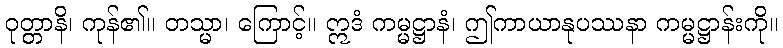
ဝုတ္တာနိ၊ ကုန်၏။ တသ္မာ၊ ကြောင့်။ ဣဒံ ကမ္မဋ္ဌာနံ၊ ဤကာယာနုပဿနာ ကမ္မဋ္ဌာန်းကို။